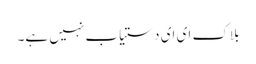
بلاک ای ای دستیاب نہیں ہے۔